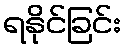
ရနိုင်ခြင်း